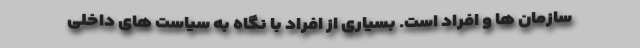
سازمان ها و افراد است. بسیاری از افراد با نگاه به سیاست های داخلی